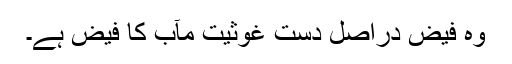
وہ فیض دراصل دستِ غوثیتِ مآب کا فیض ہے۔